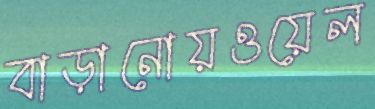
বাড়ানোয়ওয়েল